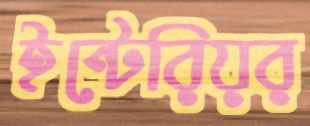
ইন্টেরিয়র